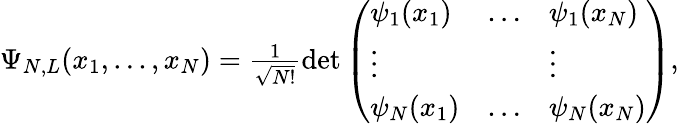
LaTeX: \begin{array}{r}{\Psi_{N,L}(x_{1},...,x_{N})=\frac{1}{\sqrt{N!}}\operatorname*{det}\left(\begin{array}{lll}{\psi_{1}(x_{1})}&{\ldots}&{\psi_{1}(x_{N})}\\ {\vdots}&{}&{\vdots}\\ {\psi_{N}(x_{1})}&{\ldots}&{\psi_{N}(x_{N})}\end{array}\right),}\end{array}